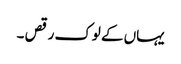
یہاں کے لوک رقص ۔